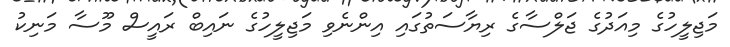
މަޖިލީހުގެ މިއަދުގެ ޖަލްސާގެ ރިޔާސަތުގައި އިންނެވި މަޖިލީހުގެ ނައިބް ރައީސް މޫސާ މަނިކު